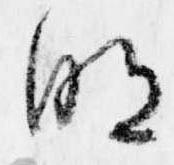
明